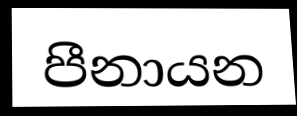
පීනායන